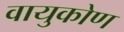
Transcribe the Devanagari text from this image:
वायुकोण